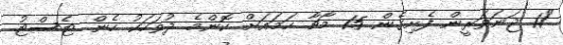
"11 ޖަނަވަރީން ފެެށިގެން 15 މާޗާ ހަމައަށް ކޮންމެ ދުވަހަކު ހެން ޓެސްޓު